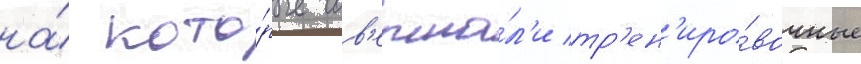
на́ кото́рые сов'ерша́л'и тр'ен'иро́вочные